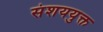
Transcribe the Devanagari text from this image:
संशययुक्त